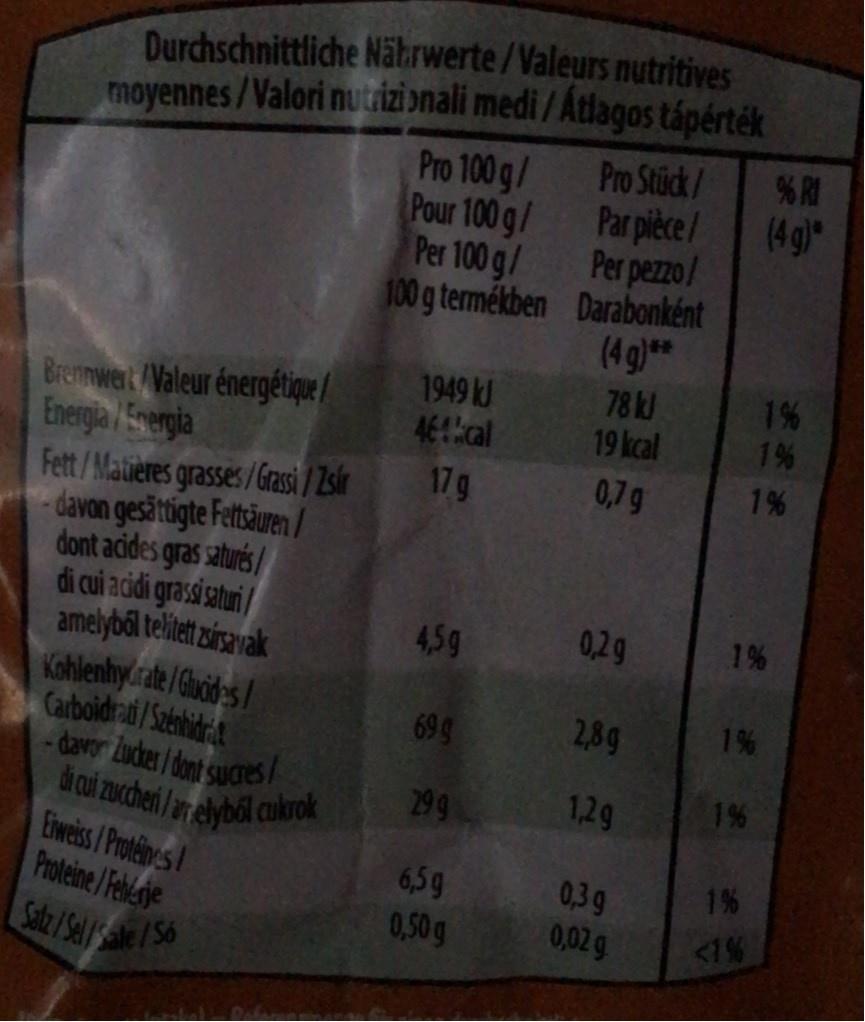
Durchschnittliche Näkrwerte/Valeurs nutritives moyennes/Valori nutrizi onali medi / Atlagos tápérték % RI
Pro Stück/
Par pièce/ Per pezzo/ 100g termékben Darabonként (4 g)**
Pro 100 g/ Pour 100 g/ Per 100 g/
(4g)
1949 kJ 464 cal 17g
78 kJ 19 kcal
1%6 1%
Brennwert /Valeur énergétique/ Energlia /5pergia Fett/Matières grasses/Grassi / Zsir davon gesättigte Fettsäuren / dont acides gras saturés/ di cui acidi grassisatui/ amelyból telitet zírsavak KohlenhyCrate/Guides / Carboidradi/Saenbidrit -davor Lucker/dont sucres di cui zuchei /ar elyből cukrok Eiweiss/Protéines Proteine/Felerje
0,7g
1%
4,5g
0,2g
1%
69 g
2,8g
16
299
1,2g
1%
6,5g
1%
0,3g 0,02 g
0,50g
1%